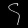
Digit: ၄